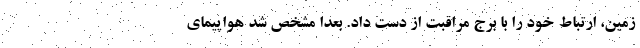
زمین، ارتباط خود را با برج مراقبت از دست داد. بعدا مشخص شد هواپیمای